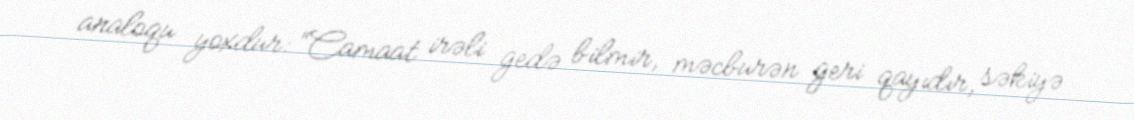
analoqu yoxdur: “Camaat irəli gedə bilmir, məcburən geri qayıdır, səkiyə